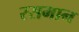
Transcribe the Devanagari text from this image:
रसमान